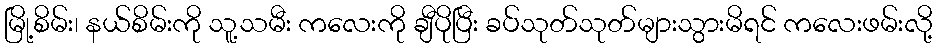
မြို့စိမ်း၊ နယ်စိမ်းကို သူ့သမီး ကလေးကို ချီပိုပြီး ခပ်သုတ်သုတ်များသွားမိရင် ကလေးဖမ်းလို့